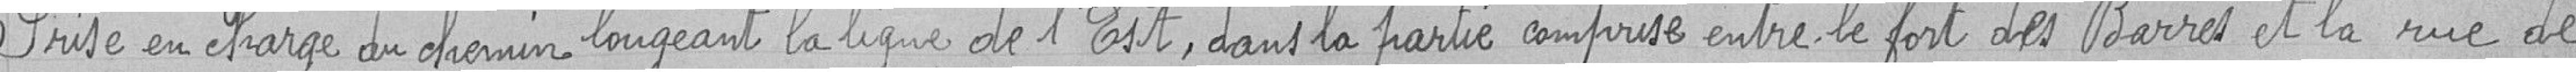
Prise en charge du chemin longeant la ligne de l'Est, dans la partie comprise entre le fort des Barres et la rue de